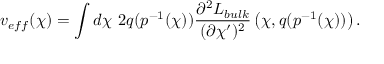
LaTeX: v _ { e f f } ( \chi ) = \int d \chi ~ 2 q ( p ^ { - 1 } ( \chi ) ) \frac { \partial ^ { 2 } { \cal L } _ { b u l k } } { ( \partial \chi ^ { \prime } ) ^ { 2 } } \left( \chi , q ( p ^ { - 1 } ( \chi ) ) \right) .